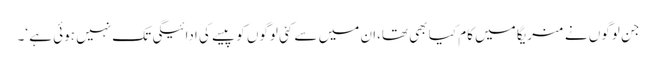
جن لوگوں نے منریگا میں کام کیا بھی تھا،ان میں سے کئی لوگوں کو پیسے کی ادائیگی تک نہیں ہوئی ہے ‘۔